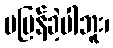
မပြန်ခဲ့ပါဘူး၊